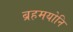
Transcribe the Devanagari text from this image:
ब्रहमयोनि